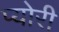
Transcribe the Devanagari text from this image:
प्योरी